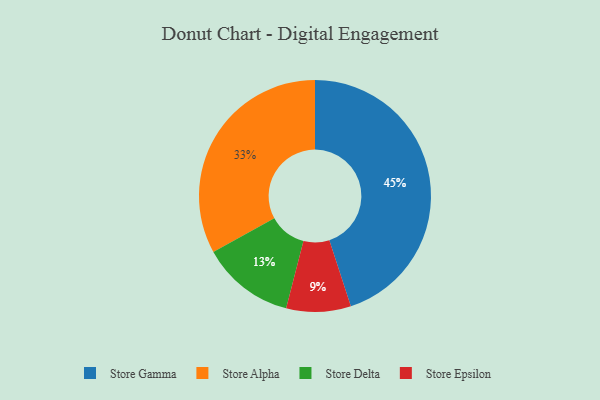
{"axis": {"x": "Category", "y": "Percentage"}, "legend": ["Store Alpha", "Store Delta", "Store Epsilon", "Store Gamma"], "data": [{"x": "Store Alpha", "y": 33, "type": "Store Alpha"}, {"x": "Store Gamma", "y": 45, "type": "Store Gamma"}, {"x": "Store Delta", "y": 13, "type": "Store Delta"}, {"x": "Store Epsilon", "y": 9, "type": "Store Epsilon"}]}